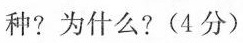
种?为什么?(4分)